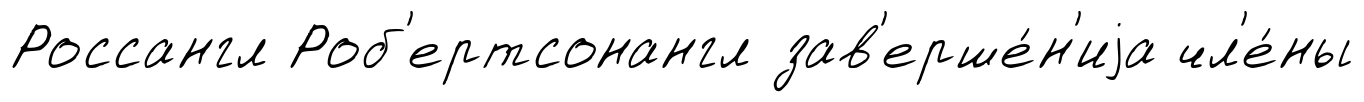
Россангл Роб'ертсонангл зав'ерше́н'иjа чл'е́ны